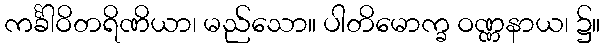
ကင်္ခါဝိတရိဏိယာ၊ မည်သော။ ပါတိမောက္ခ ဝဏ္ဏနာယ၊ ၌။